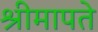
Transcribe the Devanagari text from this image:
श्रीमापते